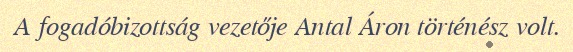
A fogadóbizottság vezetője Antal Áron történész volt.